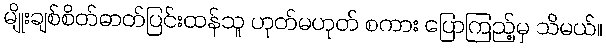
မျိုးချစ်စိတ်ဓာတ်ပြင်းထန်သူ ဟုတ်မဟုတ် စကား ပြောကြည့်မှ သိမယ်။